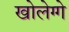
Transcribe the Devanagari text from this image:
खोलेग्गे